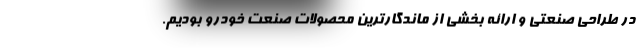
در طراحی صنعتی و ارائه بخشی از ماندگارترین محصولات صنعت خودرو بودیم.